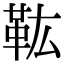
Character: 𩉦